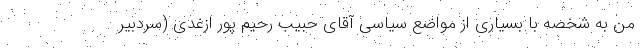
من به شخصه با بسیاری از مواضع سیاسی آقای حبیب رحیم پور ازغدی (سردبیر